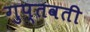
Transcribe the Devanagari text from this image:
गुप्तवती